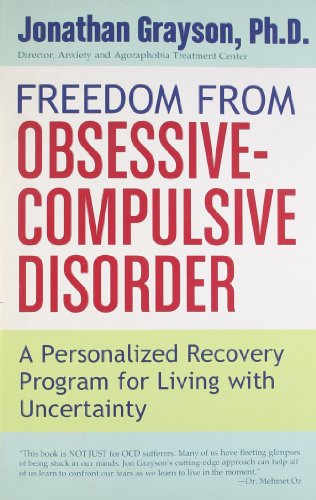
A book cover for Freedom from Obsessive Compulsive Disorder: A Personalized Recovery Program for Living with Uncertainty; Jonathan Grayson; Health, Fitness & Dieting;